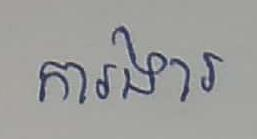
ការងារ